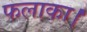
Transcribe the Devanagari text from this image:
फलाका।